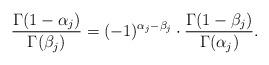
LaTeX: \begin{align*}\frac{\Gamma(1-\alpha_j)}{\Gamma(\beta_j)}=(-1)^{\alpha_j-\beta_j}\cdot\frac{\Gamma(1-\beta_j)}{\Gamma(\alpha_j)}.\end{align*}